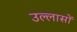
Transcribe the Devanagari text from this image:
उल्लासों